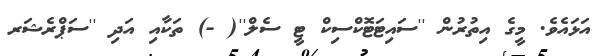
އަޅައެވެ. މީގެ އިތުރުން ''ސައިޓަޓޮކްސިކް ޓީ ސެލް''( -) ތަކާއި އަދި ''ސަޕްރެޝަރ